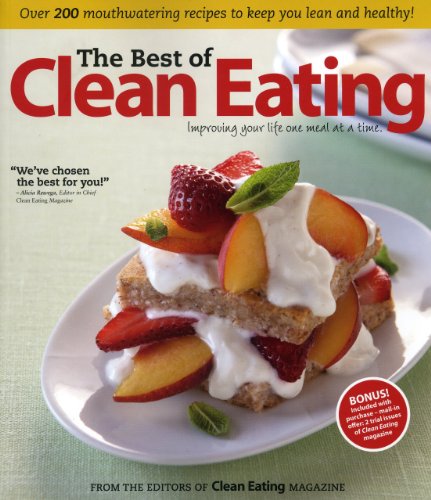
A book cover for The Best of Clean Eating: Over 200 Mouthwatering Recipes to Keep You Lean and Healthy; Editors of Clean Eating magazine; Health, Fitness & Dieting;